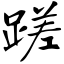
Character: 蹉